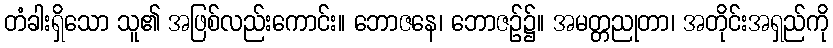
တံခါးရှိသော သူ၏ အဖြစ်လည်းကောင်း။ ဘောဇနေ၊ ဘောဇဉ်၌။ အမတ္တညုတာ၊ အတိုင်းအရှည်ကို